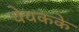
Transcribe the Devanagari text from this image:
चेचकके